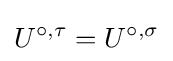
U^{\circ ,\tau }=U^{\circ ,\sigma }